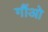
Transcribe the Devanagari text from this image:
गौंओ